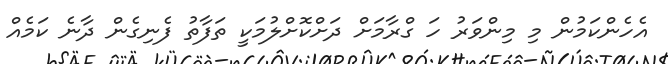
އެހެންކަމުން މި މިންވަރު ހަ ގްރާމަށް ދަށްކޮށްލުމަކީ ތަފާތު ފެނިގެން ދާނެ ކަމެއް